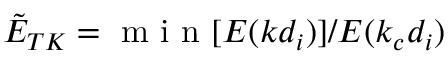
\tilde { E } _ { T K } = \mathrm { ~ m ~ i ~ n ~ } [ E ( k d _ { i } ) ] / E ( k _ { c } d _ { i } )